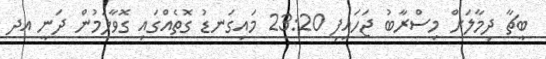
ބީޗާ ދިމާލަށް މިސްރާބު ޖަހައިފި 23:20 މައިގަނޑު ގޮތެއްގައި ގޮވާލަމުން ދަނީ އދ